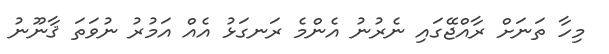
މިހާ ތަނަށް ރާއްޖޭގައި ނެރުނު އެންމެ ރަނގަޅު އެއް އަމުރު ނުވަތަ ޤާނޫނު